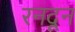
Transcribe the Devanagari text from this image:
रनदून